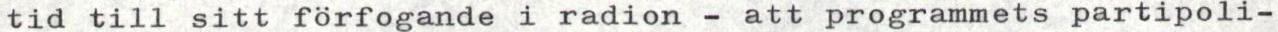
tid till sitt förfogande i radion - att programmets partipoli-